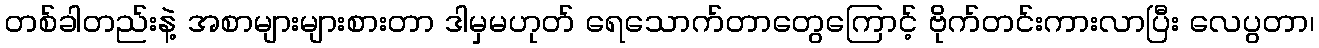
တစ်ခါတည်းနဲ့ အစာများများစားတာ ဒါမှမဟုတ် ရေသောက်တာတွေကြောင့် ဗိုက်တင်းကားလာပြီး လေပွတာ၊